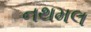
નથમલ